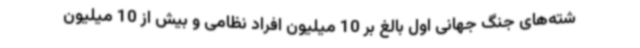
شته‌های جنگ جهانی اول بالغ بر 10 میلیون افراد نظامی و بیش از 10 میلیون